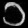
Digit: ၁